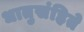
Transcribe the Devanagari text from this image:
धातुसंहिते